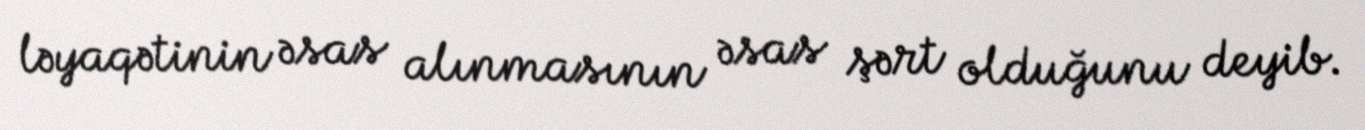
ləyaqətinin əsas alınmasının əsas şərt olduğunu deyib.